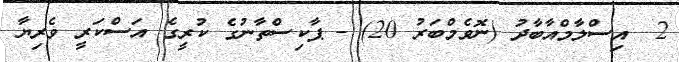
2  އިސްލާމްއާބާދު (ނޮވެމްބަރު 20) - ޕާކިސްތާނުގެ ކުރީގެ އަސްކަރީ ވެރިޔާ